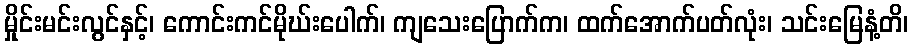
မှိုင်းမင်းလွင်နှင့်၊ ကောင်းကင်မိုဃ်းပေါက်၊ ကျသေးပြောက်က၊ ထက်အောက်ပတ်လုံး၊ သင်းမြေနံ့တိ၊